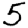
Digit: 5